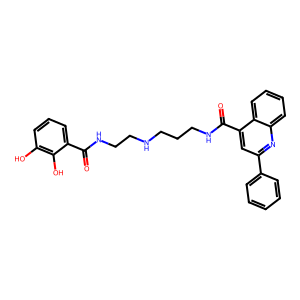
SMILES: O=C(NCCNCCCNC(=O)c1cc(-c2ccccc2)nc2ccccc12)c1cccc(O)c1O
Inhibits HIV replication: No